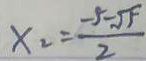
x _ { 2 } = \frac { - 5 - \sqrt { 5 } } { 2 }